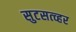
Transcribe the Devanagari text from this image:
सुटसत्व्हर